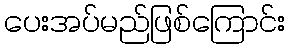
ပေးအပ်မည်ဖြစ်ကြောင်း